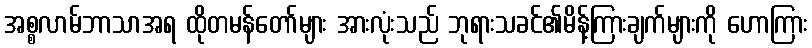
အစ္စလာမ်ဘာသာအရ ထိုတမန်တော်များ အားလုံးသည် ဘုရားသခင်၏မိန့်ကြားချက်များကို ဟောကြား